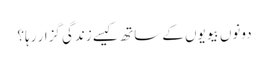
دونوں بیویوں کے ساتھ کیسے زندگی گزار رہا؟